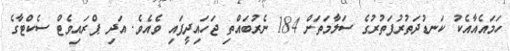
ހަމައެއާއެކު ކަނޑުދަތުރުފަތުރުގެ ސަލާމަތަށް 184 ނެރުބައްތި ޖަހައިދީފައި ވެއެވެ. އަދި ޕްރައިވެޓް ސެކްޓާގެ